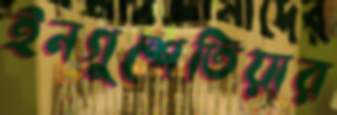
ইনগুশেতিয়ার